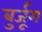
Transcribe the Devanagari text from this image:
बुर्जूग